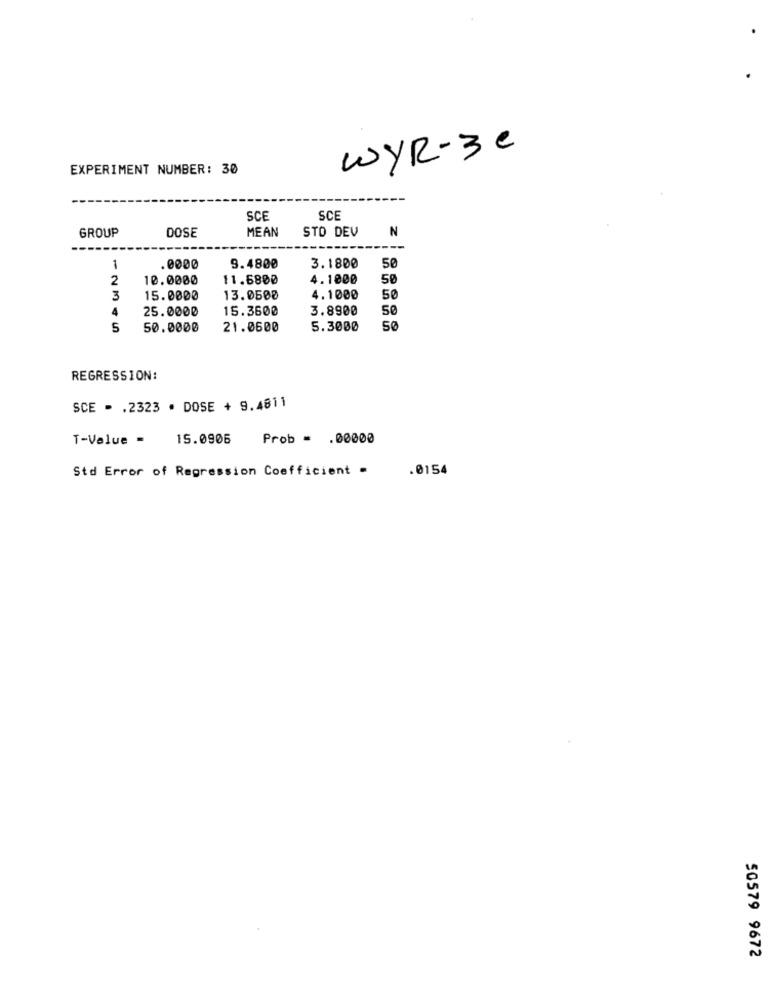
WYR-3e
EXPERIMENT NUMBER: 30
SCE
SCE
GROUP
MEAN
STO DEV
N
DOSE
---
1
.0000
9.4800
3.1800
50
2
10.0000
11.6800
4.1000
50
3
15.0000
13.0500
4.1000
50
4
25.0000
15.3600
3.8900
50
5
50.0000
21.0600
5.3000
50
REGRESSION:
SCE - . 2323 · DOSE + 9.4811
T-Value =
15.0906
Prob = . 00000
Std Error of Regression Coefficient -
.0154
50579 9672